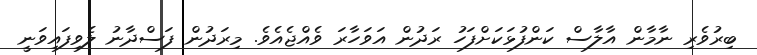
ބިރުވެރި ނާމާން އާލާސް ކަންފުޅަކަށްފަހު ރަދުން އަވަހާރަ ވެއްޖެއެވެ. މިރަދުން ފަސްދާނު ލެވިފައިވަނީ